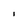
Character: I